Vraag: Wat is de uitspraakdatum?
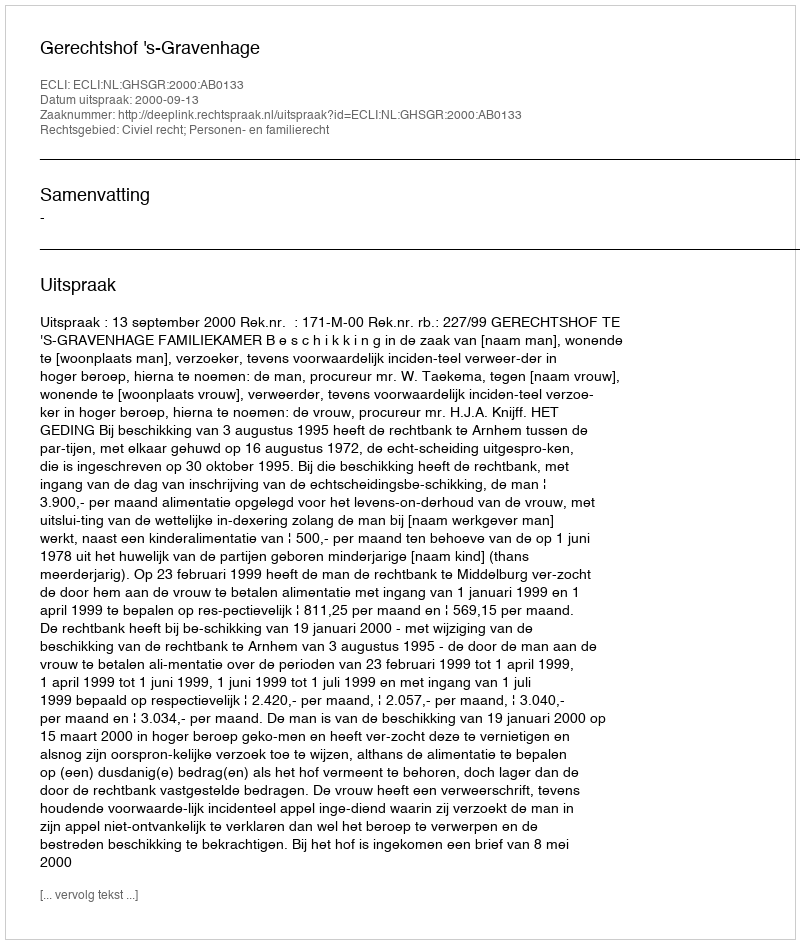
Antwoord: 2000-09-13